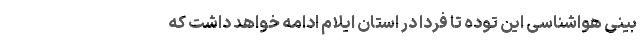
بینی هواشناسی این توده تا فردا در استان ایلام ادامه خواهد داشت که